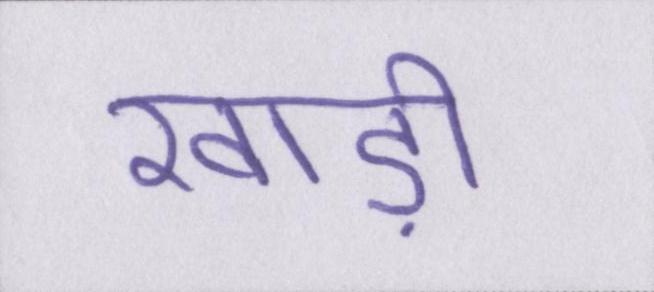
खाड़ी